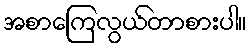
အစာကြေလွယ်တာစားပါ။